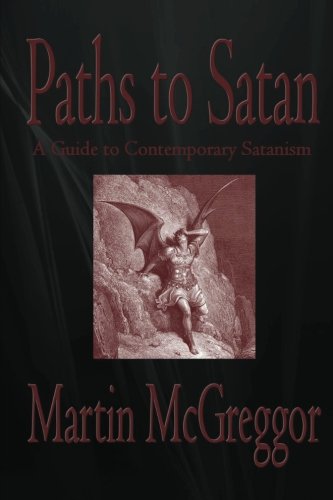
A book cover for Paths to Satan: A Guide to Contemporary Satanism; Martin McGreggor; Religion & Spirituality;